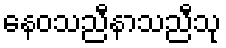
နေဝသညီနာသညီသု